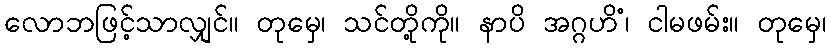
လောဘဖြင့်သာလျှင်။ တုမှေ၊ သင်တို့ကို။ နာပိ အဂ္ဂဟိံ၊ ငါမဖမ်း။ တုမှေ၊